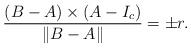
LaTeX: \begin{align*}\frac{(B-A)\times(A-I_c)}{\left\|B-A\right\|}=\pm r.\end{align*}